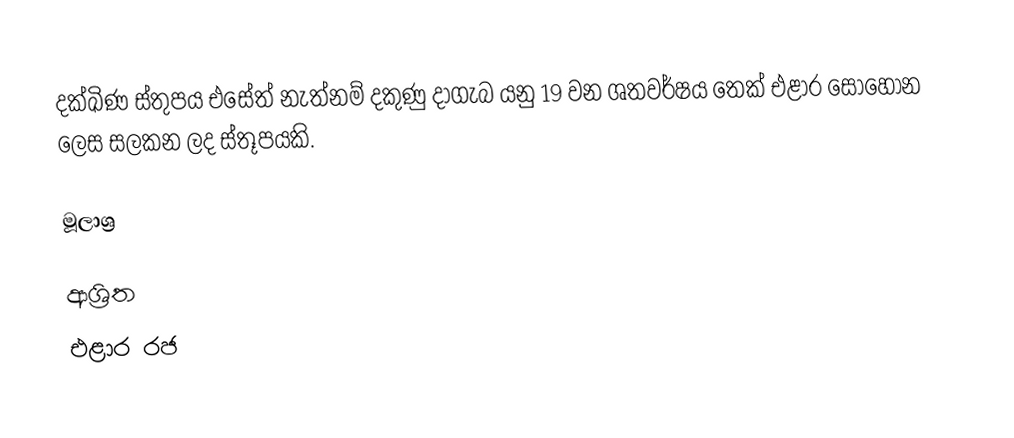
දක්ඛිණ ස්තුපය එසේත් නැත්නම් දකුණු දාගැබ යනු 19 වන ශතවර්ෂය තෙක් එළාර සොහොන ලෙස සලකන ලද ස්තූපයකි.

මූලාශ්‍ර

ආශ්‍රිත
 එළාර රජ